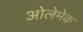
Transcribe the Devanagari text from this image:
ओलेमेक